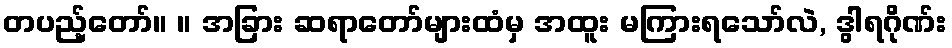
တပည့်တော်။ ။ အခြား ဆရာတော်များထံမှ အထူး မကြားရသော်လဲ, ဒွါရဂိုဏ်း